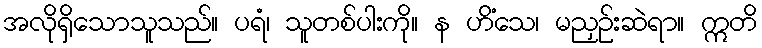
အလိုရှိသောသူသည်။ ပရံ၊ သူတစ်ပါးကို။ န ဟိံသေ၊ မညှဉ်းဆဲရာ။ ဣတိ